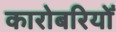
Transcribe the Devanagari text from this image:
कारोबरियोँ